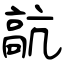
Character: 髚